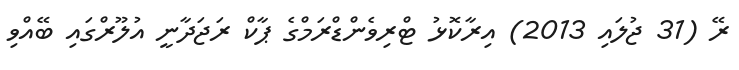
ރޭ (31 ޖުލައި 2013) އިރާކޮޅު ޓްރިވެންޑްރަމްގެ ޕާކް ރަޖަދާނީ އުލޫރްގައި ބޭއްވި